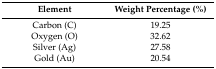
| Element | Weight Percentage (%) |
 | --- | --- |
 | Carbon (C) | 19.25 |
 | Oxygen (O) | 32.62 |
 | Silver (Ag) | 27.58 |
 | Gold (Au) | 20.54 |